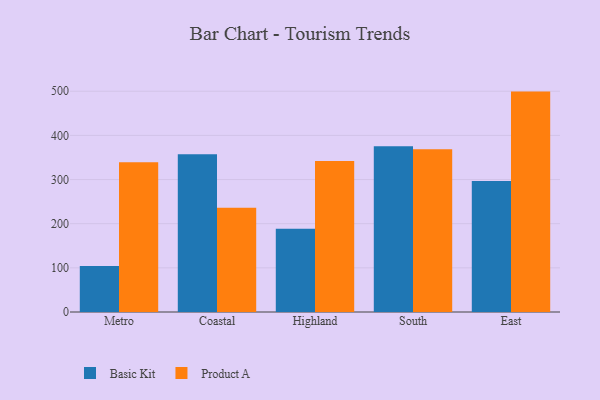
{"axis": {"x": "Region", "y": "Revenue (USD Million)"}, "legend": ["Basic Kit", "Product A"], "data": [{"x": "Metro", "y": 104.1, "type": "Basic Kit"}, {"x": "Metro", "y": 339.3, "type": "Product A"}, {"x": "Coastal", "y": 357.1, "type": "Basic Kit"}, {"x": "Coastal", "y": 236.2, "type": "Product A"}, {"x": "Highland", "y": 188.5, "type": "Basic Kit"}, {"x": "Highland", "y": 342.0, "type": "Product A"}, {"x": "South", "y": 375.7, "type": "Basic Kit"}, {"x": "South", "y": 368.5, "type": "Product A"}, {"x": "East", "y": 296.9, "type": "Basic Kit"}, {"x": "East", "y": 499.2, "type": "Product A"}]}